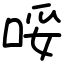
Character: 哸